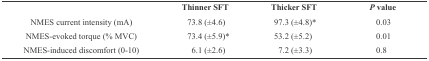
<table><thead><tr><td></td><td><b>Thinner SFT</b></td><td><b>Thicker SFT</b></td><td><b><i>P</i> value</b></td></tr></thead><tbody><tr><td> NMES current intensity (mA)</td><td> 73.8 (±4.6)</td><td> 97.3 (±4.8)<sup>*</sup></td><td> 0.03</td></tr><tr><td> NMES-evoked torque (% MVC)</td><td> 73.4 (±5.9)<sup>*</sup></td><td> 53.2 (±5.2)</td><td> 0.01</td></tr><tr><td> NMES-induced discomfort (0-10)</td><td> 6.1 (±2.6)</td><td> 7.2 (±3.3)</td><td> 0.8</td></tr></tbody></table>